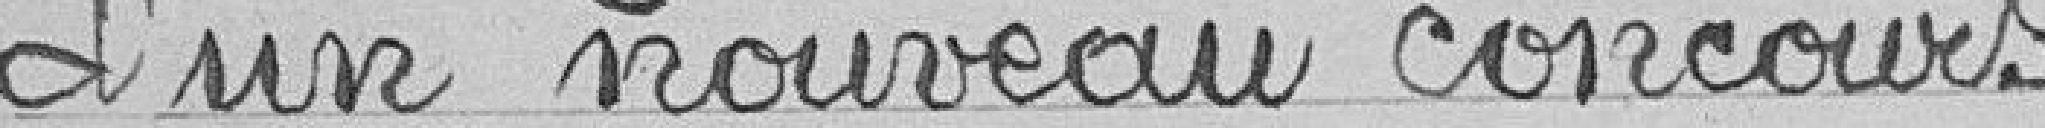
d'un nouveau concours